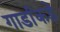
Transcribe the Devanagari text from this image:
गार्डांकडे